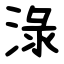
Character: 淥